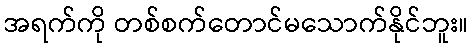
အရက်ကို တစ်စက်တောင်မသောက်နိုင်ဘူး။